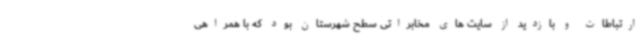
ارتباطات و بازدید از سایت های مخابراتی سطح شهرستان بود که با همراهی